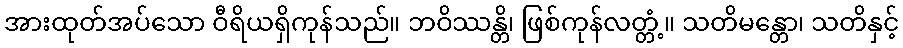
အားထုတ်အပ်သော ဝီရိယရှိကုန်သည်။ ဘဝိဿန္တိ၊ ဖြစ်ကုန်လတ္တံ့။ သတိမန္တော၊ သတိနှင့်